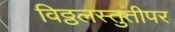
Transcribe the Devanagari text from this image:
विठ्ठलस्तुतीपर